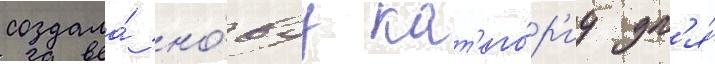
создала́ но́вуу кат'его́р'иу дл'я́